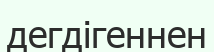
дегдігеннен